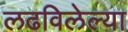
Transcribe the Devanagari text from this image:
लढविलेल्या